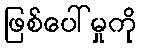
ဖြစ်ပေါ်မှုကို